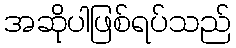
အဆိုပါဖြစ်ရပ်သည်